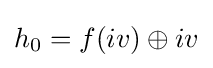
h_{0}=f(iv)\oplus iv